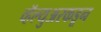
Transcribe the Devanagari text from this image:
व्हॅल्युअरकडून